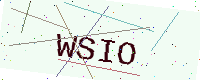
Text: WSIO